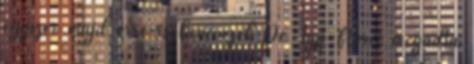
egyszer majd erre is benevezek De Így Florci megadta